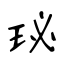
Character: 珌